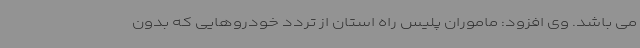
می باشد. وی افزود: ماموران پلیس راه استان از تردد خودروهایی که بدون